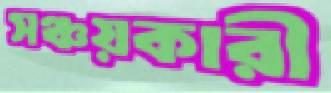
সঞ্চয়কারী